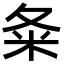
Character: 夈